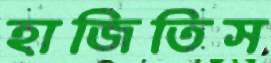
হাজিতিস